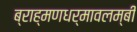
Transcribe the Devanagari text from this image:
ब्राह्मणधर्मावलम्बी